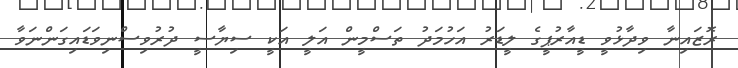
ރޮޒައިނާ ވިދާޅުވީ ޑީއާރުޕީގެ ލީޑަރު އަހުމަދު ތަސްމީން އަލީ އަކީ ސިޔާސީ ދުރުވިސްނިވަޑައިގަންނަވާ